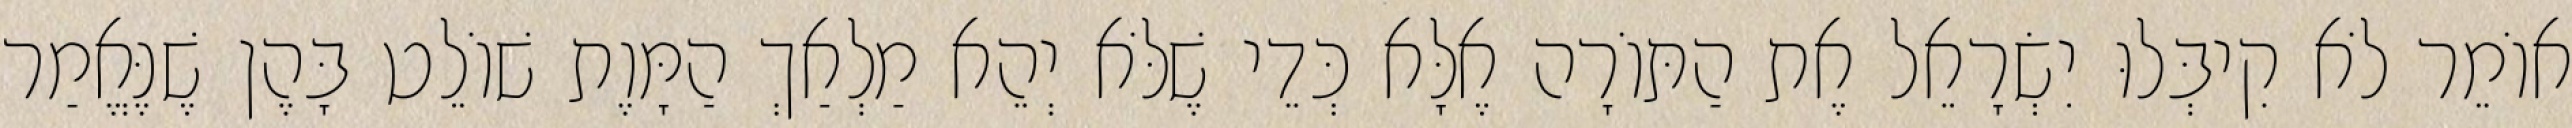
אוֹמֵר לֹא קִיבְּלוּ יִשְׂרָאֵל אֶת הַתּוֹרָה אֶלָּא כְּדֵי שֶׁלֹּא יְהֵא מַלְאַךְ הַמָּוֶת שׁוֹלֵט בָּהֶן שֶׁנֶּאֱמַר